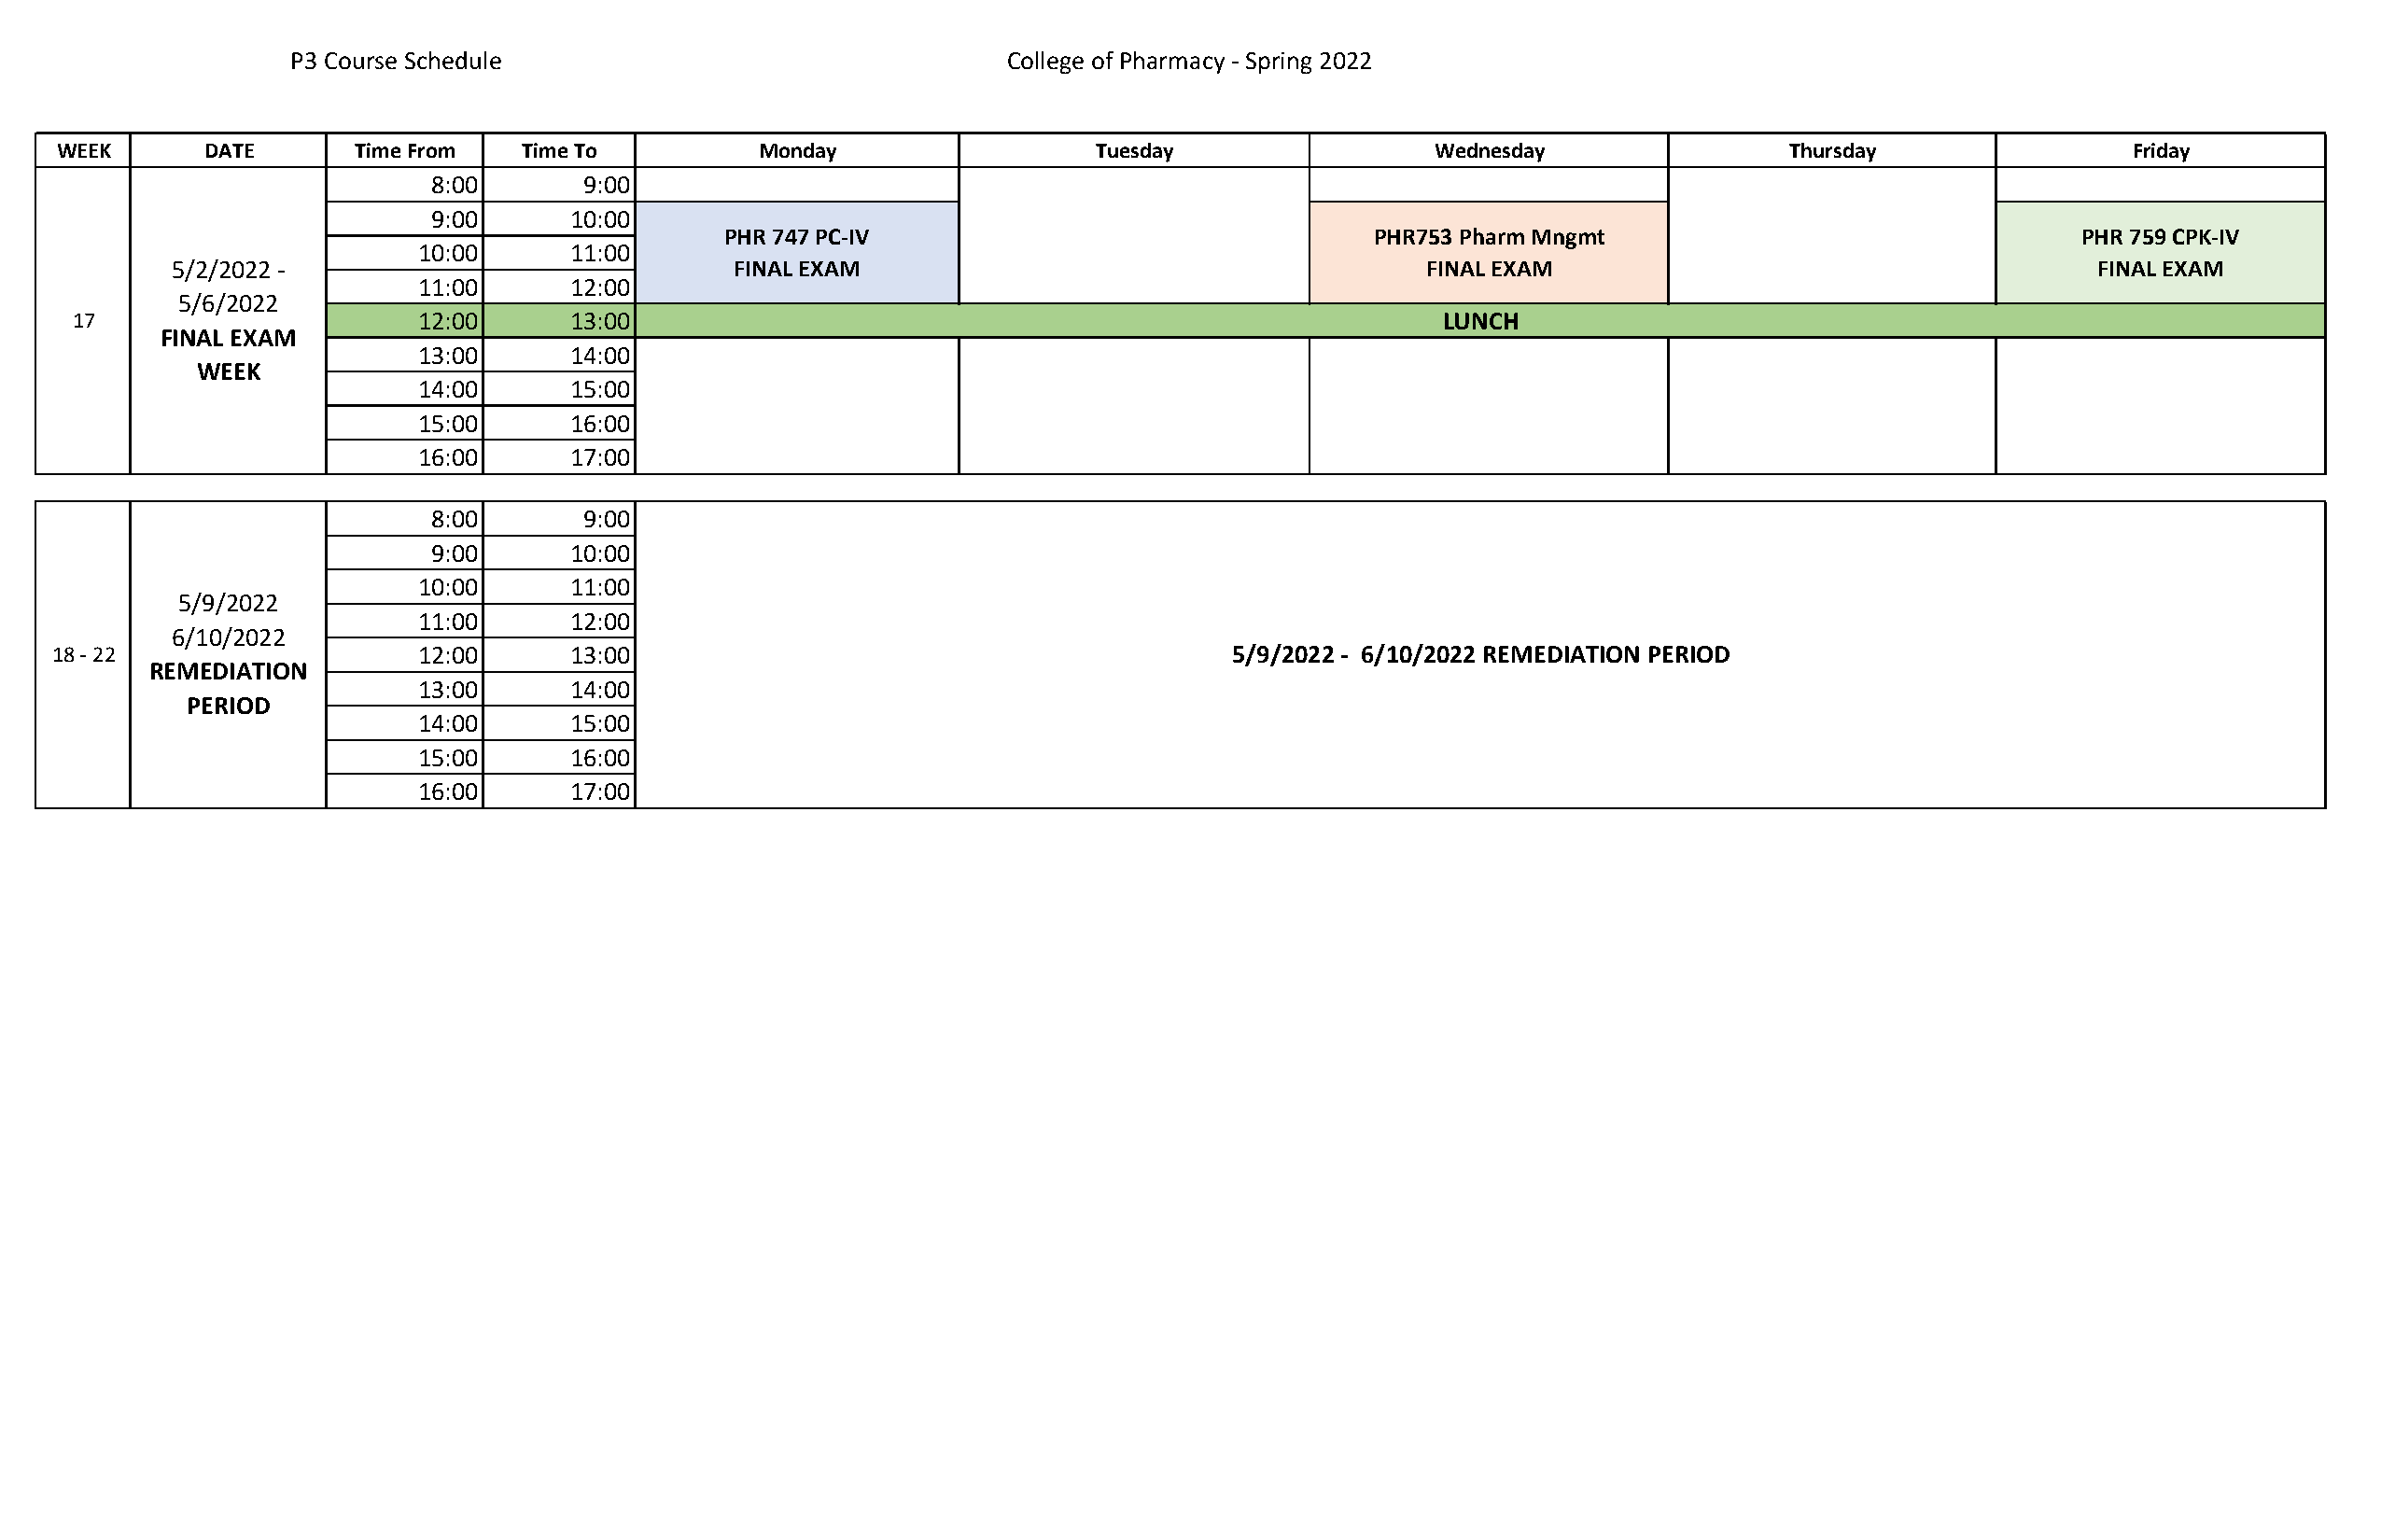
P3 Course Schedule                                 College of Pharmacy - Spring 2022
 WEEK      DATE       Time From   Time To         Monday                  Tuesday                 Wednesday                 Thursday                Friday
 8:00       9:00
 9:00      10:00
 PHR 747 PC-IV                                 PHR753 Pharm Mngmt                                PHR 759 CPK-IV
 10:00      11:00
 5/2/2022 -                              FINAL EXAM                                       FINAL EXAM                                     FINAL EXAM
 11:00      12:00
 5/6/2022
 17                      12:00      13:00                                                         LUNCH
 FINAL EXAM
 13:00      14:00
 WEEK
 14:00      15:00
 15:00      16:00
 16:00      17:00
 8:00       9:00
 9:00      10:00
 10:00      11:00
 5/9/2022
 11:00      12:00
 6/10/2022
 18 - 22                   12:00      13:00                                          5/9/2022 - 6/10/2022 REMEDIATION PERIOD
 REMEDIATION
 13:00      14:00
 PERIOD
 14:00      15:00
 15:00      16:00
 16:00      17:00